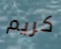
كريم